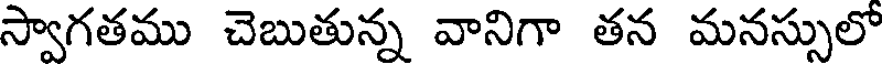
స్వాగతము చెబుతున్న వానిగా తన మనస్సులో